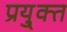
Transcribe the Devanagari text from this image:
प्रयु्क्त